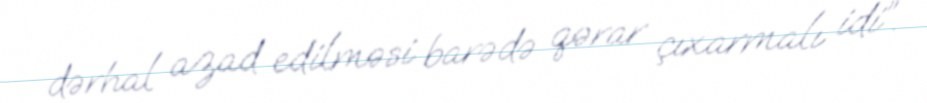
dərhal azad edilməsi barədə qərar çıxarmalı idi”.